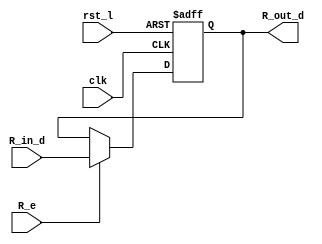
`timescale 1ns / 1ps
//////////////////////////////////////////////////////////////////////////////////
// Company: 
// Engineer: 
// 
// Design Name: 
// Module Name: Reg
// Project Name: 
// Target Devices: 
// Tool Versions: 
// Description: 
// 
// Dependencies: 
// 
// Revision:
// Revision 0.01 - File Created
// Additional Comments:
// 
//////////////////////////////////////////////////////////////////////////////////


module Reg(
input clk,
input rst_l,
input [31:0]R_in_d,
input R_e,

output reg [31:0]R_out_d

    );
       always@(posedge clk,negedge rst_l)
        if(!rst_l)
             R_out_d<=32'h0;
        else    if(R_e)
                   R_out_d<=R_in_d;
                else
                     R_out_d<=R_out_d;
endmodule